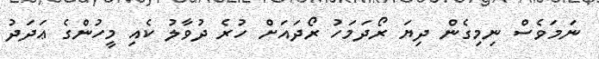
ނަމަވެސް ނިމިގެން ދިޔަ ރޯދަމަހު ރޯދައަށް ހުރެ ދުވާލު ކެއި މީހުންގެ ޢަދަދު